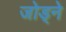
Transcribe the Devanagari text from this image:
जोड्ने